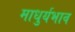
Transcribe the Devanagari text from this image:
माधुर्यभाव